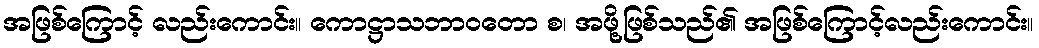
အဖြစ်ကြောင့် လည်းကောင်း။ ကောဋ္ဌာသဘာဝတော စ၊ အဖို့ဖြစ်သည်၏ အဖြစ်ကြောင့်လည်းကောင်း။